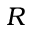
R